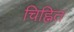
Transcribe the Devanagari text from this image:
चिह्नित